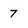
Character: 7